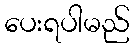
ပေးရပါမည်